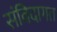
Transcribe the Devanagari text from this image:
संविदागत